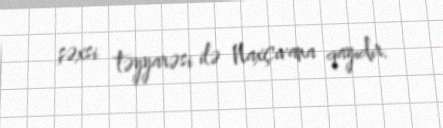
şəxsi təyyarəsi ilə Naxçıvana qayıdır.